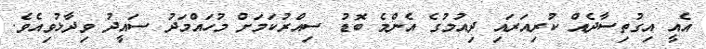
އެއީ އިގުތިސާދެއް ކުރިއަރައި ދިއުމުގެ އެންމެ ބޮޑު ސިއްރުކަމަށް މުހައްމަދު ސައީދު ވިދާޅުވިއެވެ.